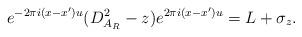
LaTeX: \begin{align*} e^{-2\pi i(x-x')u}(D_{A_R}^2-z)e^{2\pi i(x-x')u} &=L+\sigma_z.\end{align*}